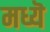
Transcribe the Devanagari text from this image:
मध्यॆ